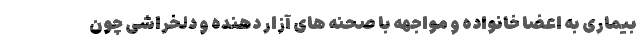
بیماری به اعضا خانواده و مواجهه با صحنه های آزار دهنده و دلخراشی چون